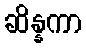
ဆိန္နကာ